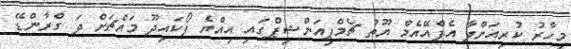
މިހާރު ކުރިއަށްދާ އެފްއޭއެމް ޔޫތު ޗެމްޕިއަންޝިޕްގައި އިއްޔެ ފޯކައިދޫ މައްޗަށް ދަ ގްރާންޑޭ